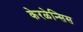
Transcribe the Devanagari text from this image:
केरळेन्सिस